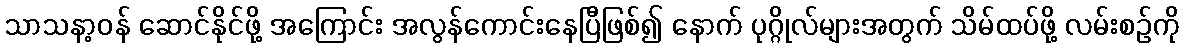
သာသနာ့ဝန် ဆောင်နိုင်ဖို့ အကြောင်း အလွန်ကောင်းနေပြီဖြစ်၍ နောက် ပုဂ္ဂိုလ်များအတွက် သိမ်ထပ်ဖို့ လမ်းစဉ်ကို